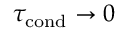
\tau _ { \mathrm { c o n d } } \rightarrow 0